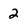
Character: 2